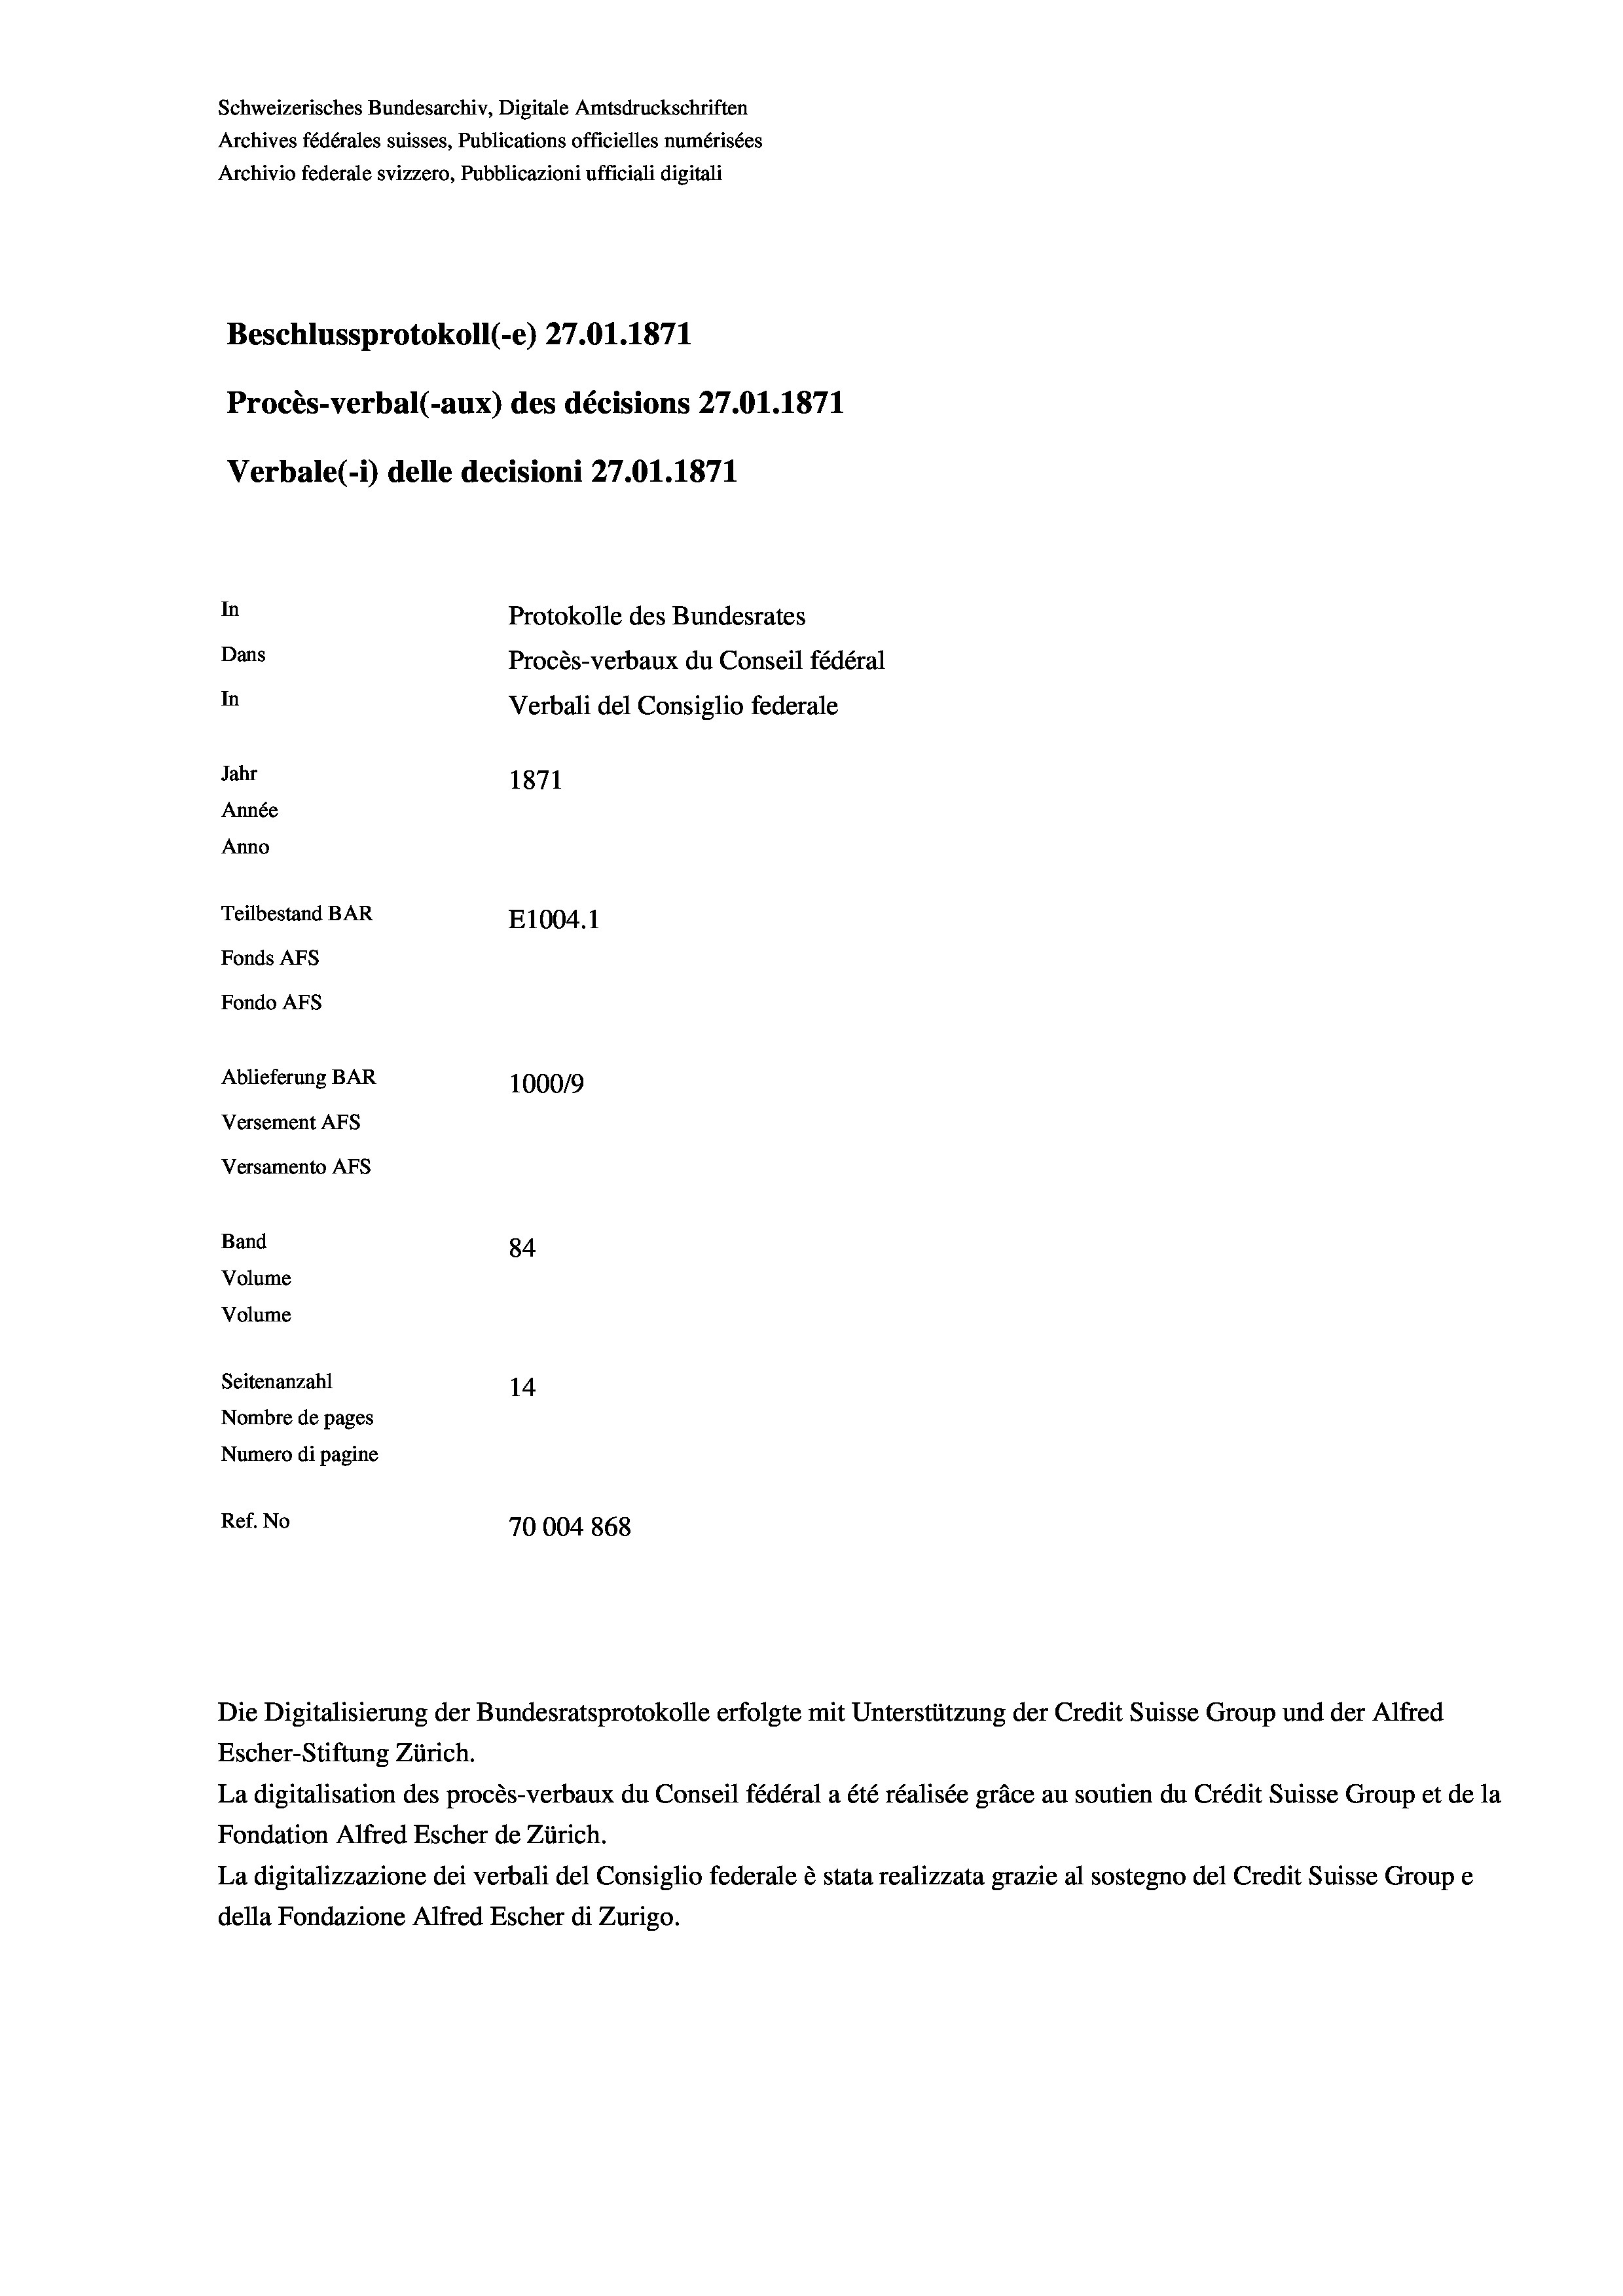
Schweizerisches Bundesarchiv, Digitale Amtsdruckschriften
Archives fédérales suisses, Publications officielles numérisées
Archivio federale svizzero, Pubblicazioni ufficiali digitali
Beschlussprotokoll (-e) 27.01. 1871
Procès-verbal (-aux) des décisions 27.01.1871
Verbale (- 1) delle decisioni 27.01. 1871
In
Protokolle des Bundesrates
Dans
Procès-verbaux du Conseil fédéral
In
Verbali del Consiglio federale
Jahr
1871
Année
Anno
Teilbestand BAR
E1004.1
Fonds AFs
Fondo AFs
Ablieferung BAR
1000/9
Versement Abs
Versamento Afs
Band
84
Volume
Volume
Seitenanzahl
14
Nombre de pages
Numero di pagine
Ref. No
70004868

La digitalisation des procès-verbaux du Conseil fédéral a été réalisée gräce au soutien du Crédit Suisse Group et de la
Fondation Alfred Escher de Zürich.
La digitalizzazione dei verbali del Consiglio federale è stata realizzata grazie al sostegno del Credit Suisse Groupe
della Fondazione Alfred Escher di Zurigo.

Die Digitalisierung der Bundesratsprotokolle erfolgte mit Unterstützung der Credit Suisse Group und der Alfred
Escher-Stiftung Zürich.